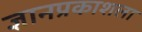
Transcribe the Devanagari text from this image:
ज्ञानप्रकाशला